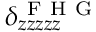
\delta _ { z z z z z } ^ { \mathrm { ~ F ~ H ~ G ~ } }